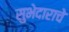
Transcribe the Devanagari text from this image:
सुभेदाराचे